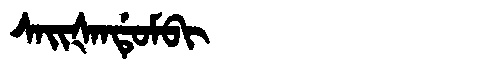
Manchu: ᠰᠠᡳᡧᠠᠨᡩᡠᠮᠪᡳ
Romanization: SAIŠANDUMBI